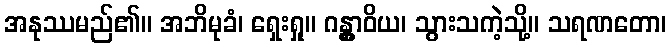
အနုဿမည်၏။ အဘိမုခံ၊ ရှေးရှု။ ဂန္တွာဝိယ၊ သွားသကဲ့သို့။ သရဏတော၊